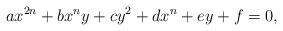
LaTeX: \begin{align*} a x^{2n}+b x^n y + c y^2 + d x^n + e y +f = 0,\end{align*}